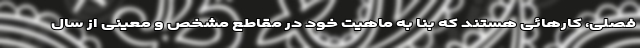
فصلی، کارهائی هستند که بنا به ماهیت خود در مقاطع مشخص و معینی از سال